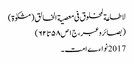
لاطاعة لمخلوق فی معصیة الخالق (مشکوٰة)
(بصائروعبر،ج١ص٥٨تا٦٢)
2017 نواءے امت ۔